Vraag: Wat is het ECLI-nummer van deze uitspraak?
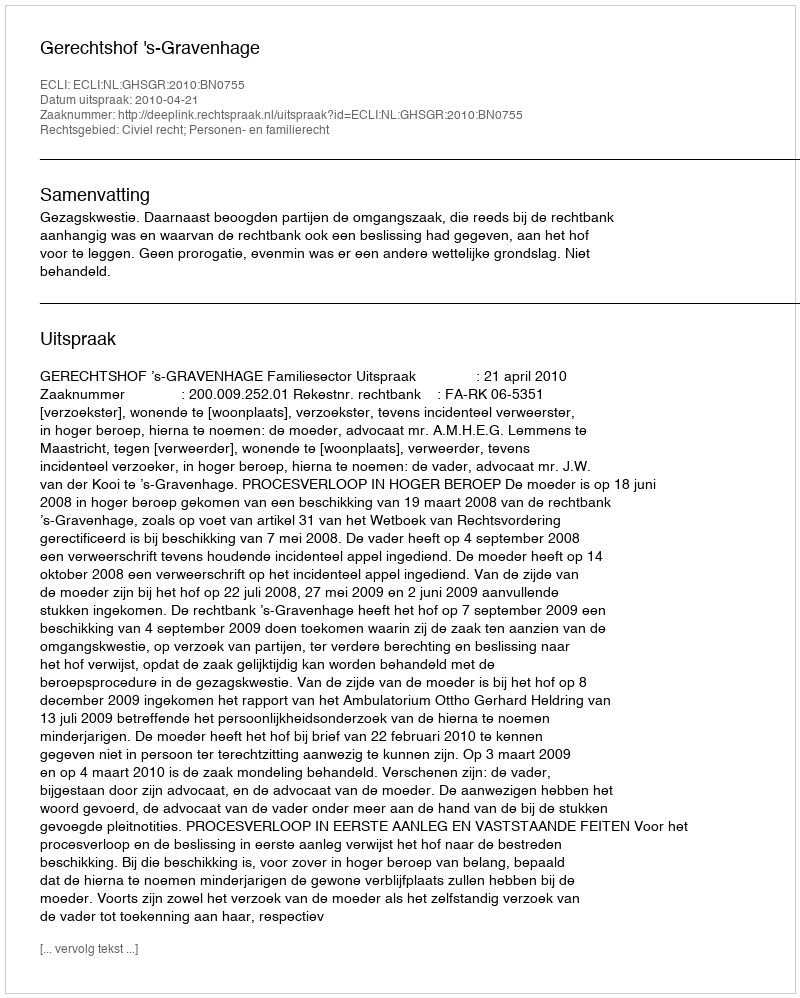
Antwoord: ECLI:NL:GHSGR:2010:BN0755